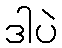
ဒါပဲ